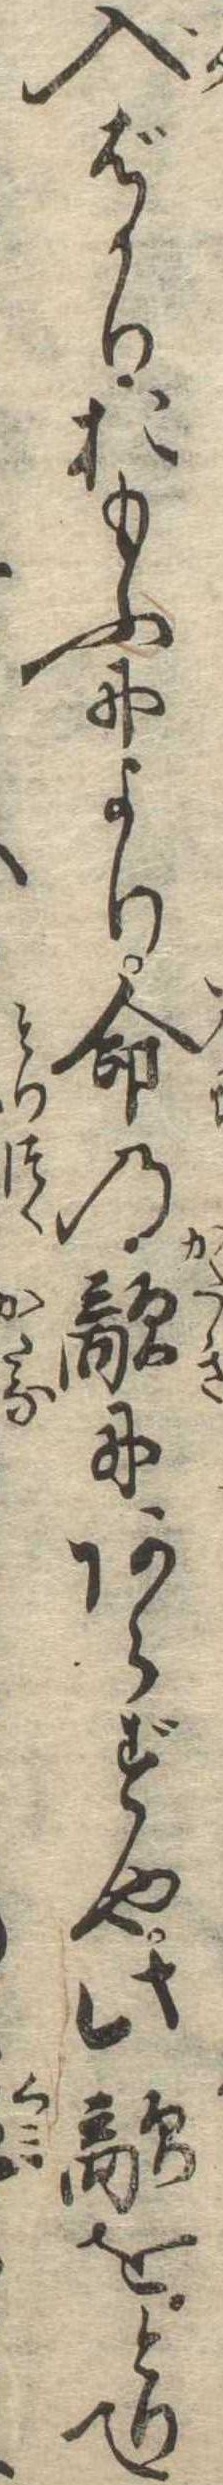
入ばかりおもふにより命の敵にあらずや此敵をとりて